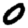
Digit: 0